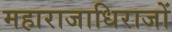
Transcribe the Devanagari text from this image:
महाराजाधिराजों